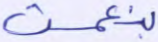
بنعمت